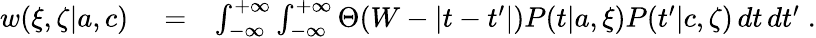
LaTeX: \begin{array}{rlr}{w(\xi,\zeta|{a},{c})}&{{}=}&{\int_{-\infty}^{+\infty}\int_{-\infty}^{+\infty}\Theta(W-|t-t^{\prime}|)P(t|{a},\xi)P(t^{\prime}|{c},\zeta)\, dt\, dt^{\prime}\; .}\end{array}